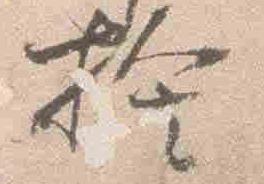
権